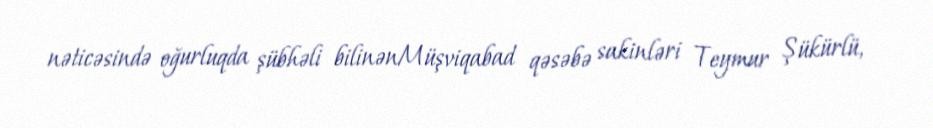
nəticəsində oğurluqda şübhəli bilinənMüşviqabad qəsəbə sakinləri Teymur Şükürlü,